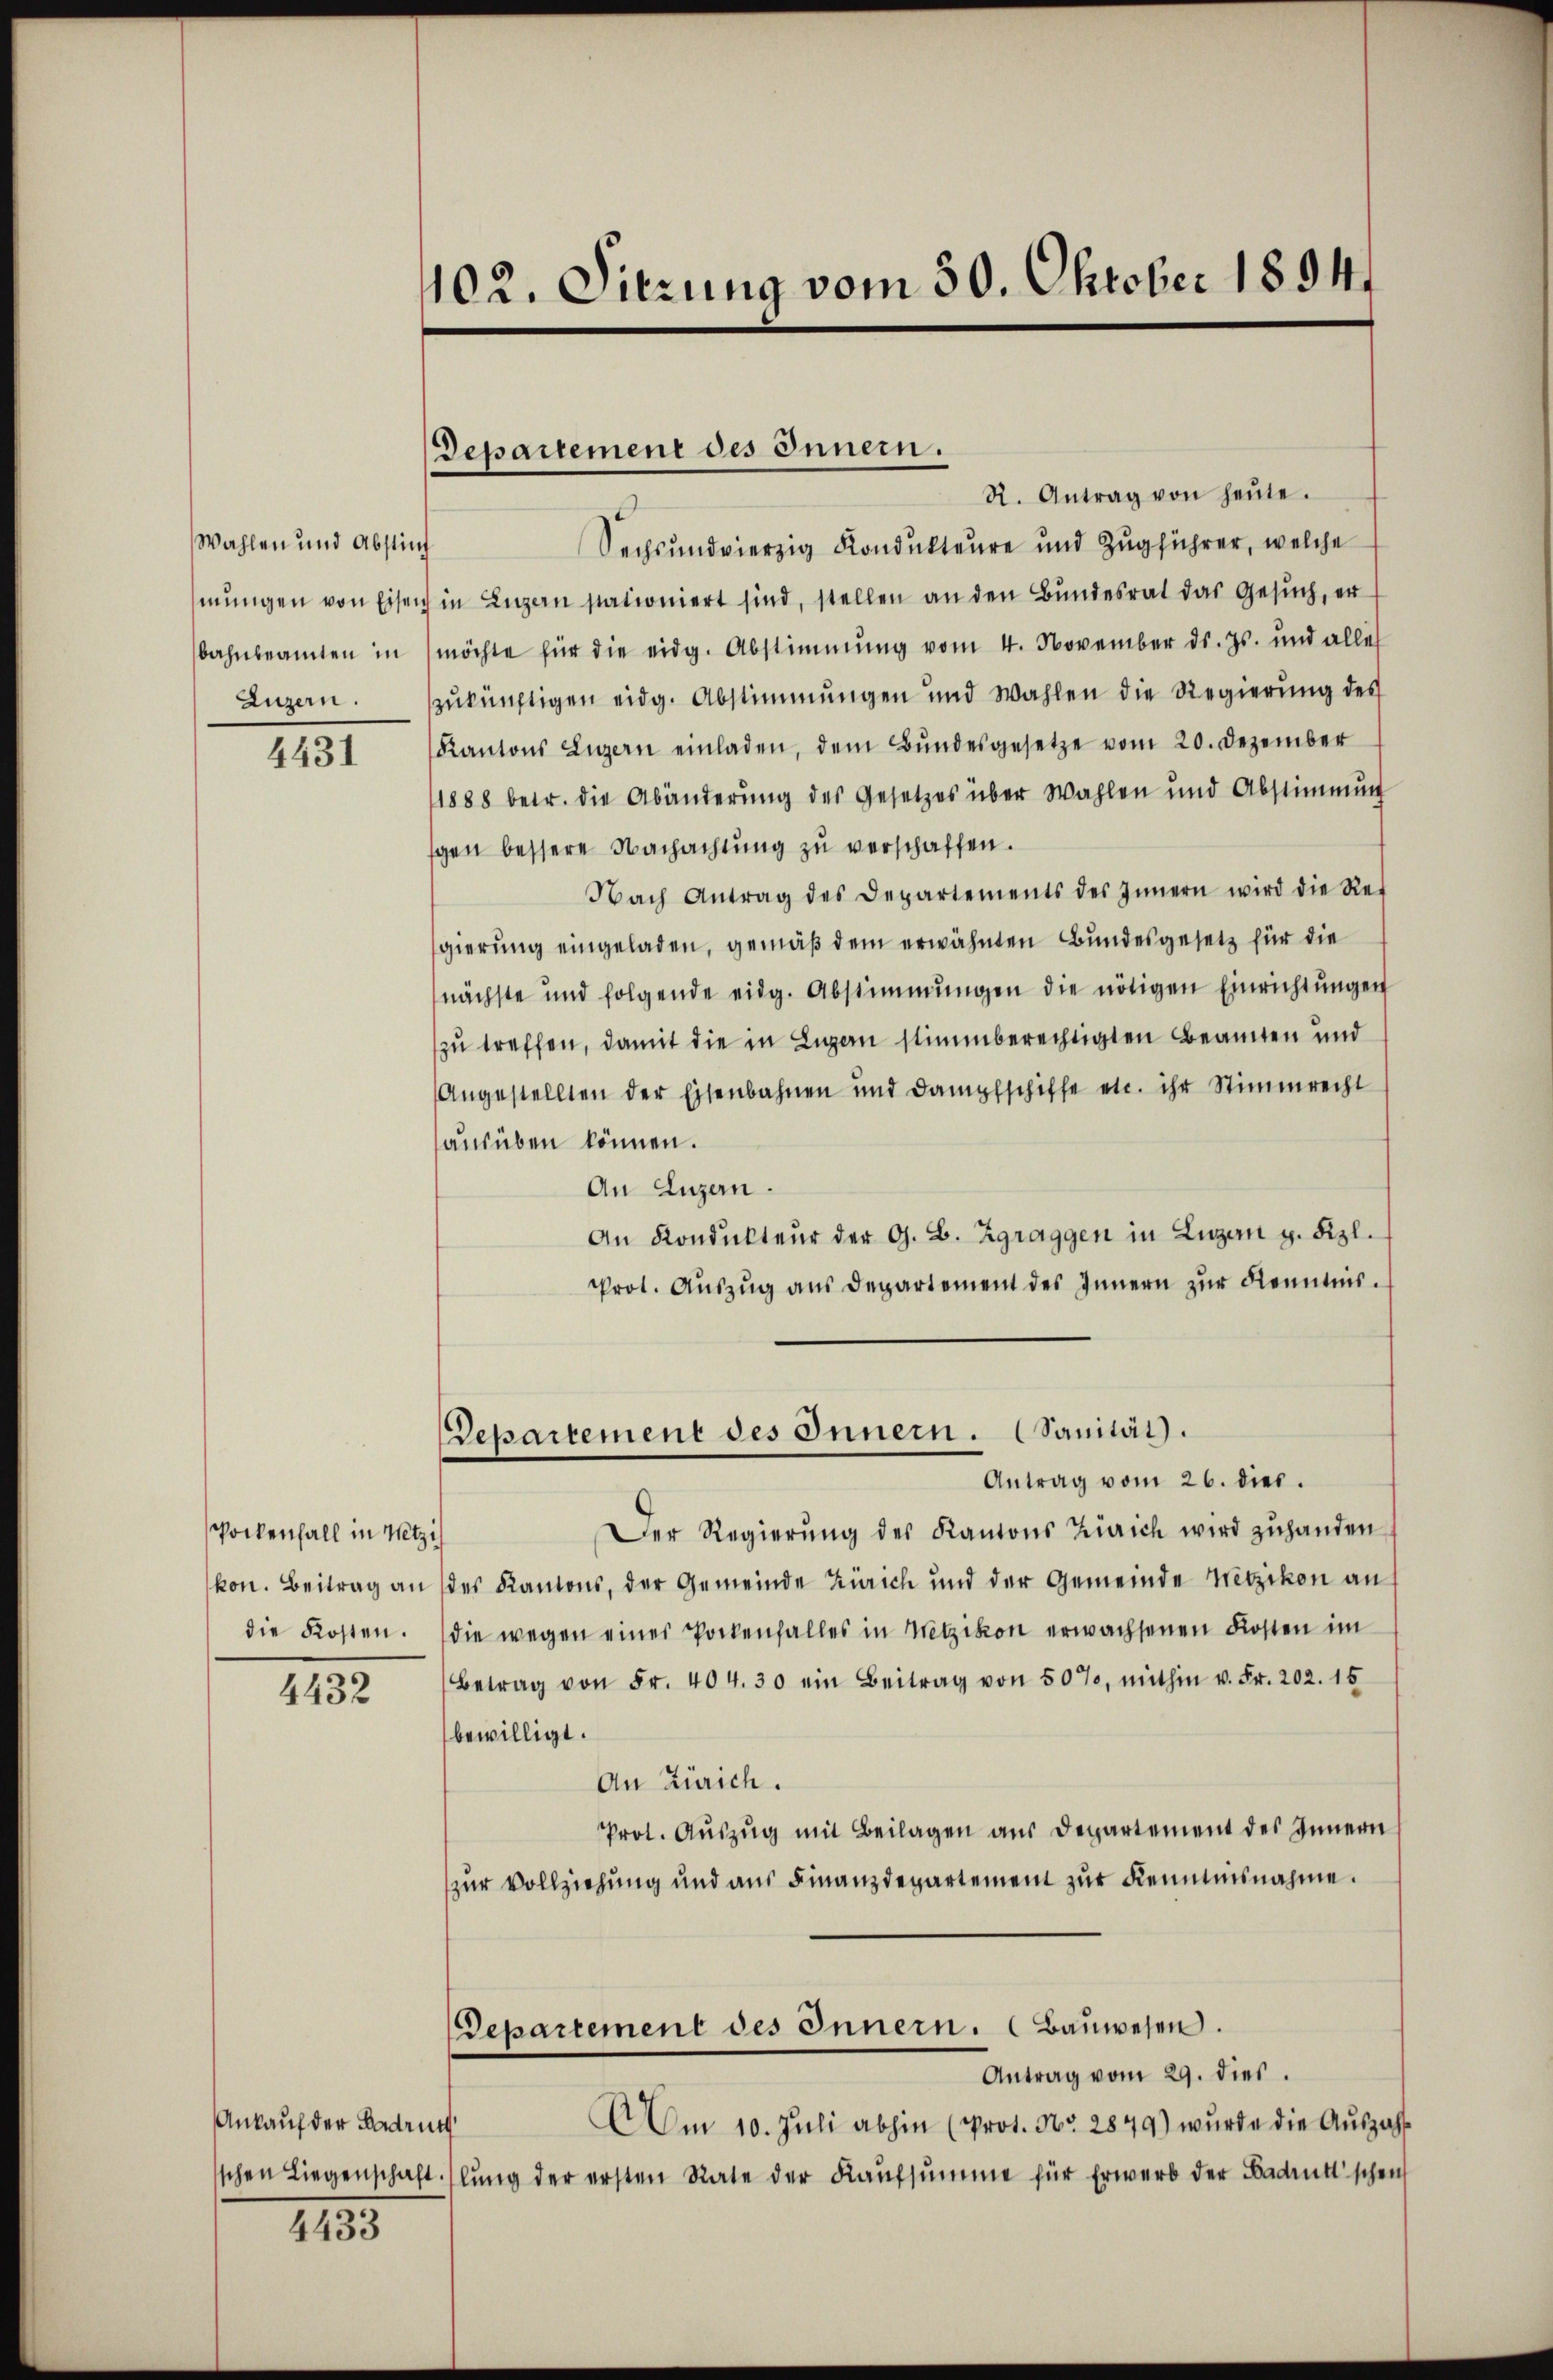
Wahlen und Absti
mungen von Eisen
bahnbeamten in
Luzern.

4431

Pockenfall in Wetzi
die Kosten.

4432

Ankauf der Baden

4433

1102. Sitzung vom 30. Oktober 1894.

Departement des Innern.

N. Antrag von heŭte.
Sechsundvierzig Kondukteure und Zug führer, welche
h in Luzern stationiert sind, stellen an den Bundesrat das Gesuch, er
möchte für die eidg. Abstimmung vom 4. November ds. Js. und alles
zukünftigen eidg. Abstimmungen und Wahlen die Regierung des
Kantons Luzern einladen, dem Bŭndesgesetze vom 20. Dezember
1888 betr. die Abänderŭng des Gesetzes über Wahlen und Abstimmung
sgen bessere Nachachtung zu verschaffen.
Nach Antrag des Departements des Innern wird die Ref
gierung eingeladen, gemäß dem erwähnten Bundesgesetz für die
nächste und folgende eidg. Abstimmungen die nötigen Einrichtŭngen
zu treffen, damit die in Ligen stimmberechtigten Beamten und
Angestellten der Eisenbahnen und Dampfschiffe etc. ihr Stimmrecht
ausüben können.
An Luzern.
An Kondukteur der G. B. Zgraggen in Luzern g. Fizl.
Prot. Auszug aus Departement des Innern zur Kenntnis.
Departement des Innern. (Sanität.
Antrag vom 26. dies.
Der Regierŭng des Kantons Zürich wird zŭhanden
kon. Beitrag an des Kantons, der Gemeinde Zürich und der Gemeinde Wetzikon an
die wegen eines Pockenfalles in Wetzikon erwachsenen Kosten im
Betrag von Fr. 404. 30 ein Beitrag von 507, mithin u. Fr. 202. 15
bewilligt.
An Zürich.
Prot. Auszug mit Beilagen aus Departement des Innern
zur Vollziehung und aus Finanzdepartement zur Kenntnisnahme.
Departement des Innern. Baŭwesen.
Antrag vom 29. dies
AAm 10. Juli abhin (Prot. No. 2879) wurde die Auszahl
schen Liegenschaft. slŭng der ersten Rate der Kaŭfsŭmme für Erwerb der Bedeutschen